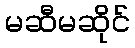
မဆီမဆိုင်